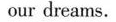
our dreams.